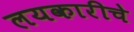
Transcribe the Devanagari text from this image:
लयकारीचे